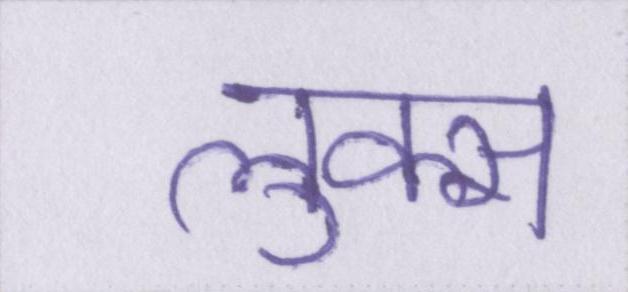
लुक्स